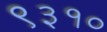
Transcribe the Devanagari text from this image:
९३१०